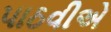
પાઠવીએ